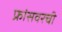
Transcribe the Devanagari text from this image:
फ्रांसवरची